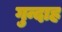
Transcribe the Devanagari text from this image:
गुन्दाह